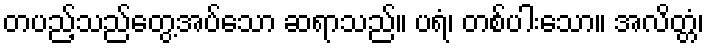
တပည့်သည်တွေ့အပ်သော ဆရာသည်။ ပရံ၊ တစ်ပါးသော။ အလိတ္တံ၊